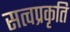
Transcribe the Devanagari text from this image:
सत्वप्रकृति